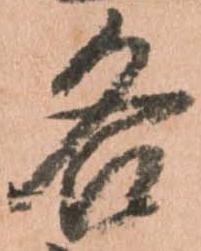
各